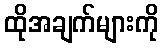
ထိုအချက်များကို